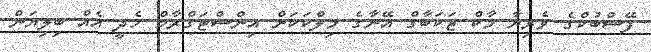
ފޭސްބުކްގެ ވެރިޔާ މާކް ޒަކަބާގް އޭނާގެ މިލްކަކަށް އިންސްޓަގްރާމް ހެދީ އެއް ބިލިޔަން